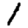
Digit: 1